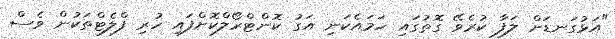
"އަޅުގަނޑަށް ލަފާ ކުރެވޭ ގޮތުގައި ހަމައެކަނި އަގު ކޮންޓްރޯލްކޮށްފައި ހުރި ފްލެޓްތަކުން ވެސް